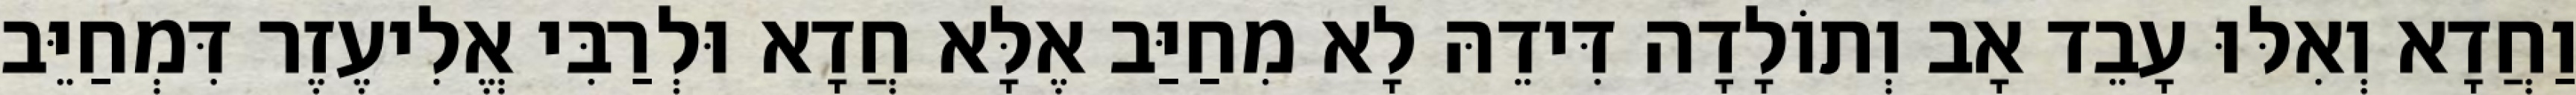
וַחֲדָא וְאִלּוּ עָבֵד אָב וְתוֹלָדָה דִּידֵהּ לָא מִחַיַּב אֶלָּא חֲדָא וּלְרַבִּי אֱלִיעֶזֶר דִּמְחַיֵּב